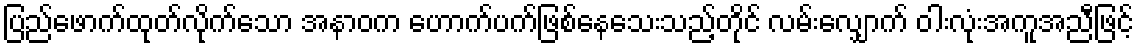
ပြည်ဖောက်ထုတ်လိုက်သော အနာဝက ဟောက်ပက်ဖြစ်နေသေးသည့်တိုင် လမ်းလျှောက် ဝါးလုံးအကူအညီဖြင့်